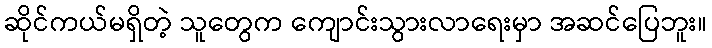
ဆိုင်ကယ်မရှိတဲ့ သူတွေက ကျောင်းသွားလာရေးမှာ အဆင်ပြေဘူး။